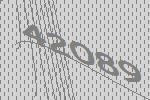
42089